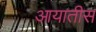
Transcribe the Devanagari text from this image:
आयातीस